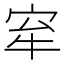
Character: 𡧷